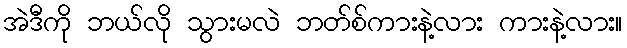
အဲဒီကို ဘယ်လို သွားမလဲ ဘတ်စ်ကားနဲ့လား ကားနဲ့လား။